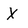
Character: X